Civil Veterinary Department. Madras. Admin. report 1926-33 - 1926-1933
Year: 1926
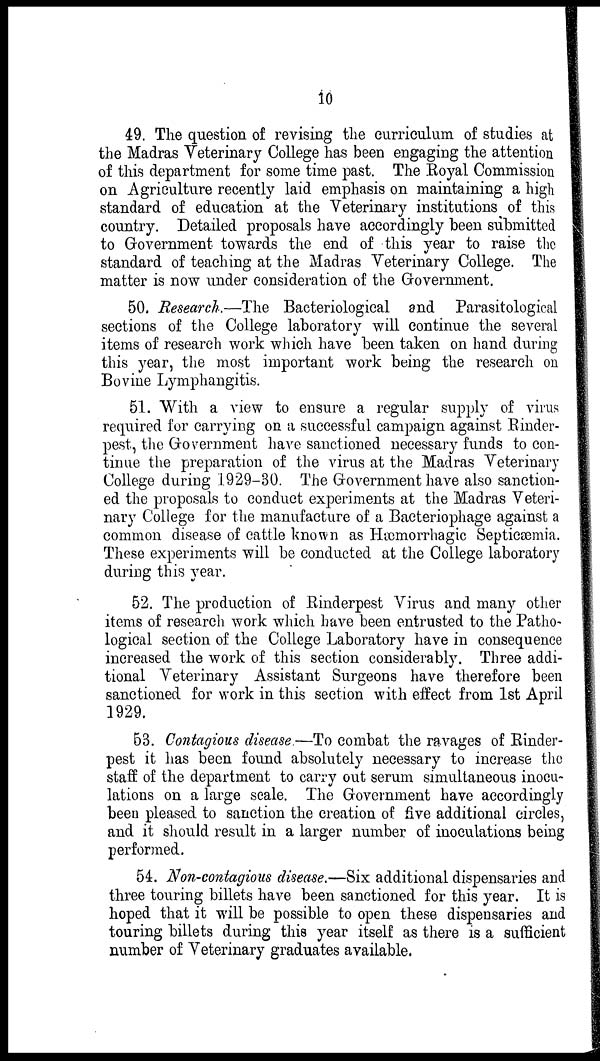
10
49. The question of revising the curriculum of studies at
the Madras Veterinary College has been engaging the attention
of this department for some time past. The Royal Commission
on Agriculture recently laid emphasis on maintaining a high
standard of education at the Veterinary institutions of this
country. Detailed proposals have accordingly been submitted
to Government towards the end of this year to raise the
standard of teaching at the Madras Veterinary College. The
matter is now under consideration of the Government.
50. Research.—The Bacteriological and Parasitological
sections of the College laboratory will continue the several
items of research work which have been taken on hand during
this year, the most important work being the research on
Bovine Lymphangitis.
51. "With a view to ensure a regular supply of virus
required for carrying on a successful campaign against Rinder-
pest, the Government have sanctioned necessary funds to con-
tinue the preparation of the virus at the Madras Veterinary
College during 1929-30. The Government have also sanction-
ed the proposals to conduct experiments at the Madras Veteri-
nary
common disease of cattle known as Hæmorrhagic Septicæmia.
These experiments will be conducted at the College laboratory
during this year.
52. The production of Rinderpest Virus and many other
items of research work which have been entrusted to the Patho-
logical section of the College Laboratory have in consequence
increased the work of this section considerably. Three addi-
tional Veterinary Assistant Surgeons have therefore been
sanctioned for work in this section with effect from 1st April
1929.
53. Contagious disease.—To combat the ravages of Rinder-
pest it has been found absolutely necessary to increase the
staff of the department to carry out serum simultaneous inocu-
lations on a large scale. The Government have accordingly
been pleased to sanction the creation of five additional circles,
and it should result in a larger number of inoculations being
performed.
54. Non-contagious disease.—Six additional dispensaries and
three touring billets have been sanctioned for this year. It is
hoped that it will be possible to open these dispensaries and
touring billets during this year itself as there is a sufficient
number of Veterinary graduates available.